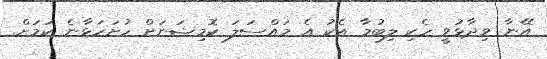
އޭނާ ވިދާޅުވީ ހެކި ލިބުމާ އެކު އެ މައްސަލަ ކޮމިޝަނަށް ހުށަހަޅާނެ ކަމަށް.